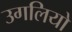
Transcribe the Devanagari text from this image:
उगलियो